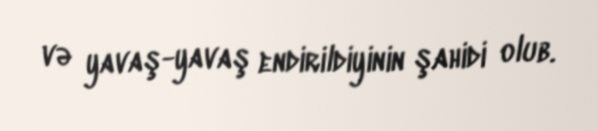
və yavaş-yavaş endirildiyinin şahidi olub.